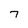
Character: 7